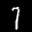
Label: 7